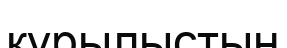
құрылыстың